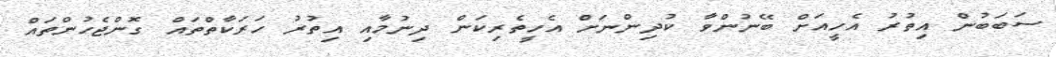
ސަބަބުން އިތުރު އެހީއަށް ބޭނުންވާ ކުދިންނަށް އެހީތެރިކަން ދިނުމާއި އިތުރު ހަރަކާތްތައް ގޮންޖެހުންތައް